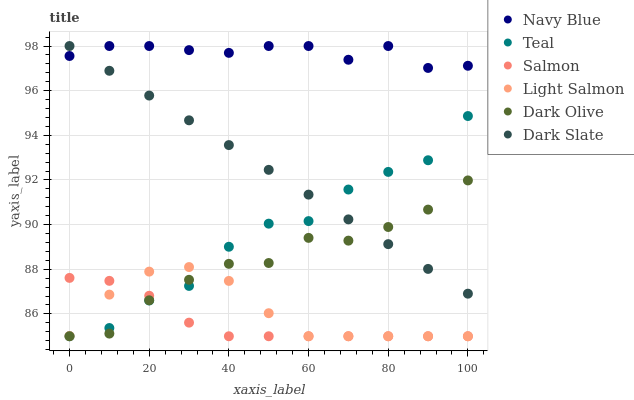
| xaxis_label | Navy Blue | Teal | Salmon | Light Salmon | Dark Olive | Dark Slate |
 | --- | --- | --- | --- | --- | --- | --- |
 | 0 | 97.6 | 85 | 87.6 | 85 | 85 | 98 |
 | 10 | 98 | 85.4 | 87.5 | 86.9 | 85.1 | 96.9 |
 | 20 | 98 | 86.6 | 86.8 | 87.9 | 86.6 | 95.8 |
 | 30 | 97.8 | 87.3 | 85.6 | 88.1 | 87.5 | 94.7 |
 | 40 | 97.7 | 89 | 85 | 87.5 | 88.2 | 93.6 |
 | 50 | 98 | 90 | 85 | 86 | 88.3 | 92.5 |
 | 60 | 98 | 90.2 | 85 | 85 | 89.4 | 91.3 |
 | 70 | 97.4 | 91.6 | 85 | 85 | 89.3 | 90.2 |
 | 80 | 98 | 92.4 | 85 | 85 | 89.9 | 89.1 |
 | 90 | 97 | 92.9 | 85 | 85 | 90.7 | 88 |
 | 100 | 97.1 | 94.9 | 85 | 85 | 92 | 86.9 |